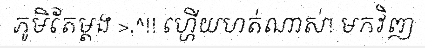
ភូមិតែម្តង >.^!! ហ្ហើយហត់ណាស់! មកវិញ